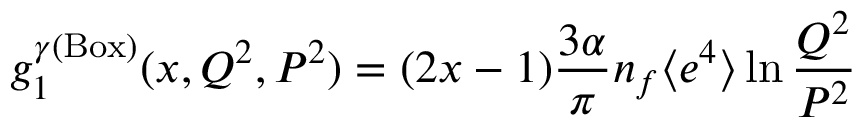
g _ { 1 } ^ { \gamma ( \mathrm { B o x } ) } ( x , Q ^ { 2 } , P ^ { 2 } ) = ( 2 x - 1 ) \frac { 3 \alpha } { \pi } n _ { f } \langle e ^ { 4 } \rangle \ln \frac { Q ^ { 2 } } { P ^ { 2 } }